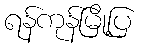
ရန်ကုန်မြို့ပြ